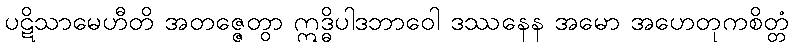
ပဋိသာမေဟီတိ အတဇ္ဇေတွာ ဣဒ္ဓိပါဒဘာဝေါ ဒဿနေန အမော အဟေတုကစိတ္တံ